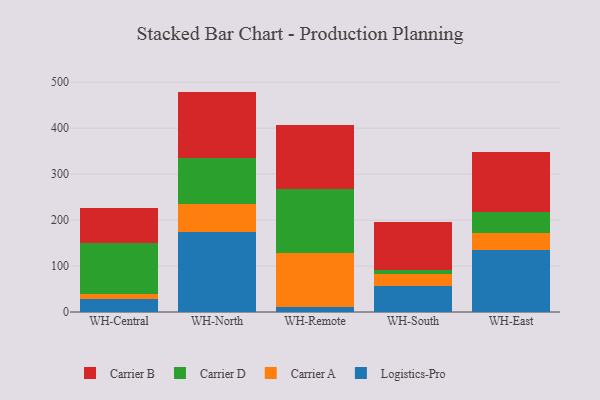
{"axis": {"x": "Warehouse", "y": "Demand Index"}, "legend": ["Carrier A", "Carrier B", "Carrier D", "Logistics-Pro"], "data": [{"x": "WH-Central", "y": 29.2, "type": "Logistics-Pro"}, {"x": "WH-Central", "y": 10.2, "type": "Carrier A"}, {"x": "WH-Central", "y": 110.7, "type": "Carrier D"}, {"x": "WH-Central", "y": 76.9, "type": "Carrier B"}, {"x": "WH-North", "y": 174.9, "type": "Logistics-Pro"}, {"x": "WH-North", "y": 61.0, "type": "Carrier A"}, {"x": "WH-North", "y": 98.3, "type": "Carrier D"}, {"x": "WH-North", "y": 145.3, "type": "Carrier B"}, {"x": "WH-Remote", "y": 11.9, "type": "Logistics-Pro"}, {"x": "WH-Remote", "y": 116.0, "type": "Carrier A"}, {"x": "WH-Remote", "y": 140.1, "type": "Carrier D"}, {"x": "WH-Remote", "y": 138.5, "type": "Carrier B"}, {"x": "WH-South", "y": 56.9, "type": "Logistics-Pro"}, {"x": "WH-South", "y": 25.5, "type": "Carrier A"}, {"x": "WH-South", "y": 8.1, "type": "Carrier D"}, {"x": "WH-South", "y": 105.5, "type": "Carrier B"}, {"x": "WH-East", "y": 134.7, "type": "Logistics-Pro"}, {"x": "WH-East", "y": 37.1, "type": "Carrier A"}, {"x": "WH-East", "y": 45.8, "type": "Carrier D"}, {"x": "WH-East", "y": 131.1, "type": "Carrier B"}]}